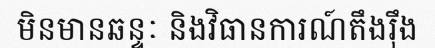
មិនមានឆន្ទៈ និងវិធានការណ៍តឹងរ៉ឹង